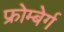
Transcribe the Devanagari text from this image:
फ्रोम्बेर्ग